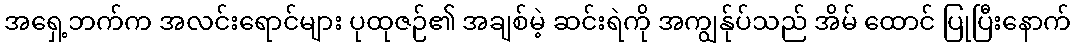
အရှေ့ဘက်က အလင်းရောင်များ ပုထုဇဉ်၏ အချစ်မဲ့ ဆင်းရဲကို အကျွန်ုပ်သည် အိမ် ထောင် ပြုပြီးနောက်